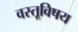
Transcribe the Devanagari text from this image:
वस्तूविषय